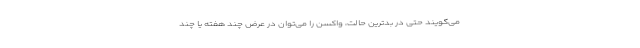
می‌گویند حتی در بدترین حالت، واکسن را می‌توان در عرض چند هفته یا چند